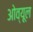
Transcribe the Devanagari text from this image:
ओव्यूल